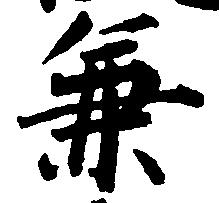
兼